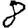
Digit: 8